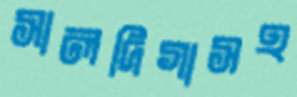
সালদিগাসহ